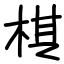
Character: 棋